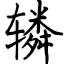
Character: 辚